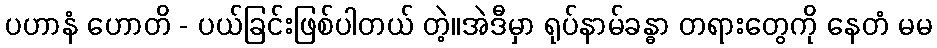
ပဟာနံ ဟောတိ - ပယ်ခြင်းဖြစ်ပါတယ် တဲ့။အဲဒီမှာ ရုပ်နာမ်ခန္ဓာ တရားတွေကို နေတံ မမ